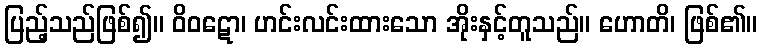
ပြည့်သည်ဖြစ်၍။ ဝိဝဋော၊ ဟင်းလင်းထားသော အိုးနှင့်တူသည်။ ဟောတိ၊ ဖြစ်၏။